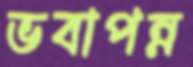
ভবাপন্ন